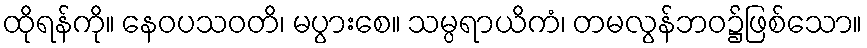
ထိုရန်ကို။ နေဝပသဝတိ၊ မပွားစေ။ သမ္ပရာယိကံ၊ တမလွန်ဘဝ၌ဖြစ်သော။